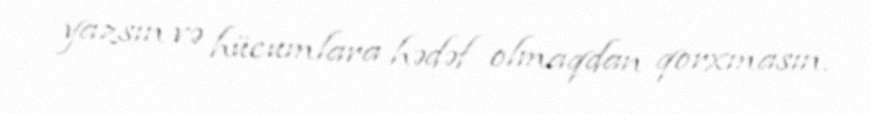
yazsın və hücumlara hədəf olmaqdan qorxmasın.